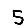
Digit: 5